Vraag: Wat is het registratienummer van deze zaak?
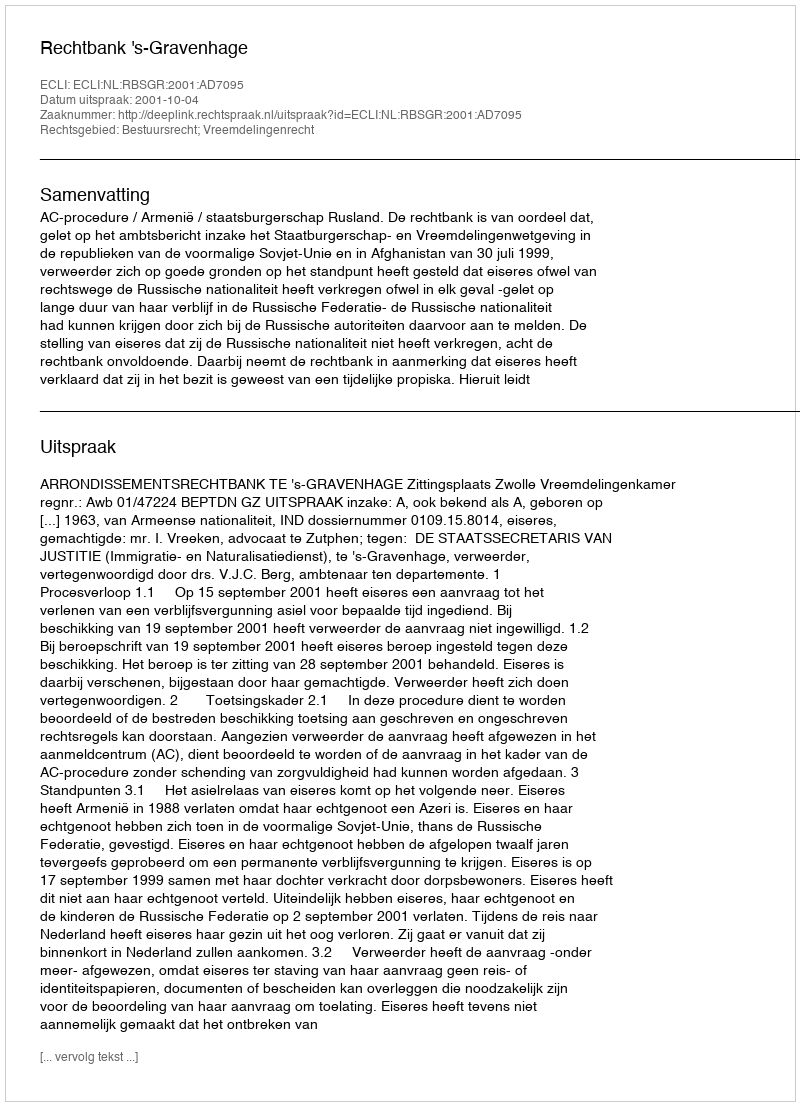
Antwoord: http://deeplink.rechtspraak.nl/uitspraak?id=ECLI:NL:RBSGR:2001:AD7095